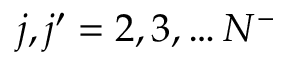
j , j ^ { \prime } = 2 , 3 , \dots N ^ { - }